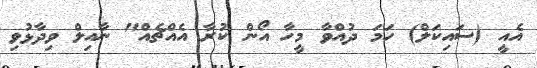
އެއީ (ސައިކަލް) ހަމަ ދުއްވާ މީހާ އޯން ކުރާ އެއްޗެއް" ނާއިލް ވިދާޅުވި